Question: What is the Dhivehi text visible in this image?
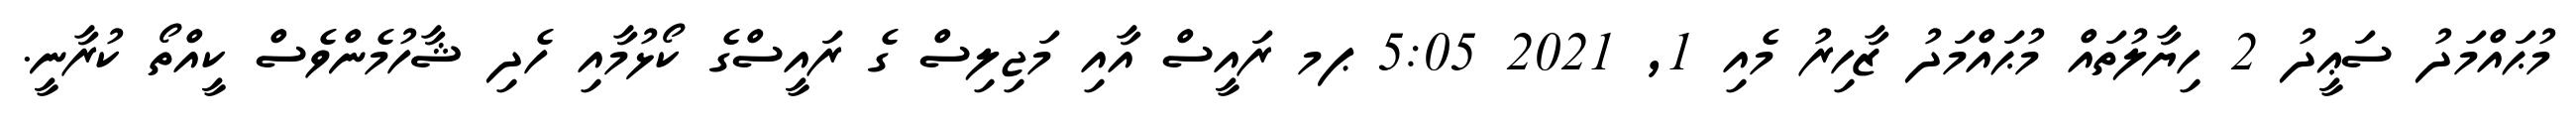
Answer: މުޙައްމަދު ސަޢީދު 2 ހިޔާލުތައް މުޙައްމަދު ޒާހިރު މެއި 1, 2021 5:05 ޕމ ރައީސް އާއި މަޖިލިސް ގެ ރައީސްގެ ކޯޅުމާއި ހެދި ޝާހުމެންވެސް ކީއްތޯ ކުރާނީ.